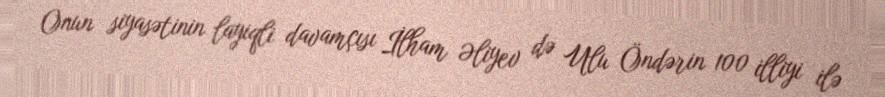
Onun siyasətinin layiqli davamçısı İlham Əliyev də Ulu Öndərin 100 illiyi ilə